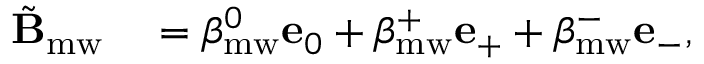
\begin{array} { r l } { \tilde { \mathbf { B } } _ { \mathrm { m w } } } & { { } = \beta _ { \mathrm { m w } } ^ { 0 } \mathbf { e } _ { 0 } + \beta _ { \mathrm { m w } } ^ { + } \mathbf { e } _ { + } + \beta _ { \mathrm { m w } } ^ { - } \mathbf { e } _ { - } , } \end{array}